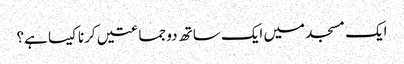
ایک مسجد میں ایک ساتھ دو جماعتیں کرنا کیسا ہے؟